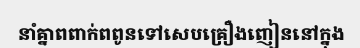
នាំគ្នាពពាក់ពពូនទៅសេបគ្រឿងញៀននៅក្នុង